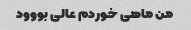
من ماهی خوردم عالی بووود